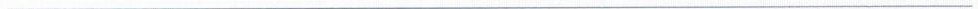
___